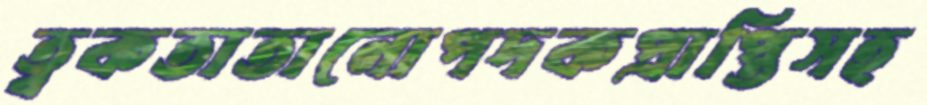
ত্বকতাতানোপদকপ্রাপ্তিসহ